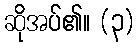
ဆိုအပ်၏။ (၃)